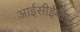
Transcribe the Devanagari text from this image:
आईसीईवीज़